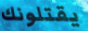
يقتلونك